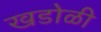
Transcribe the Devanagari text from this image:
खडोळी